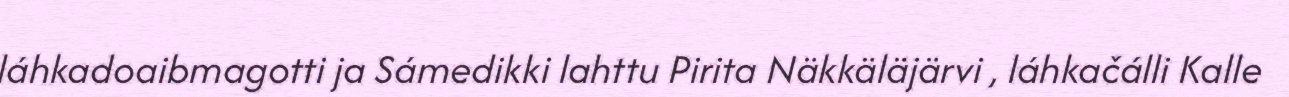
láhkadoaibmagotti ja Sámedikki lahttu Pirita Näkkäläjärvi , láhkačálli Kalle